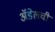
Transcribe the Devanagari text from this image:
अॅडेलची